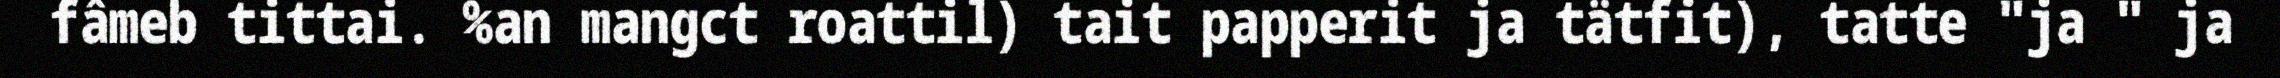
fâmeb tittai. %an mangct roattil) tait papperit ja tätfit), tatte "ja " ja